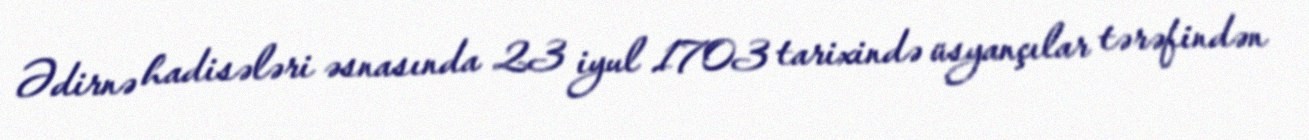
Ədirnə hadisələri əsnasında 23 iyul 1703 tarixində üsyançılar tərəfindən